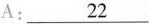
A: \underline{22}